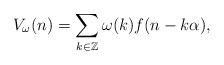
LaTeX: \begin{align*} V_\omega(n)=\sum_{k\in\mathbb{Z}}\omega(k)f(n-k\alpha),\end{align*}